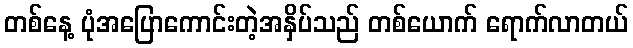
တစ်နေ့ ပုံအပြောကောင်းတဲ့အနှိပ်သည် တစ်ယောက် ရောက်လာတယ်